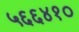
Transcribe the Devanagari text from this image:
५६६४१०